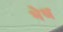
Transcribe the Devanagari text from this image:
भेध